Indian journal of veterinary science and animal husbandry - Volumes 24-25, 1954-1955
Year: 1954
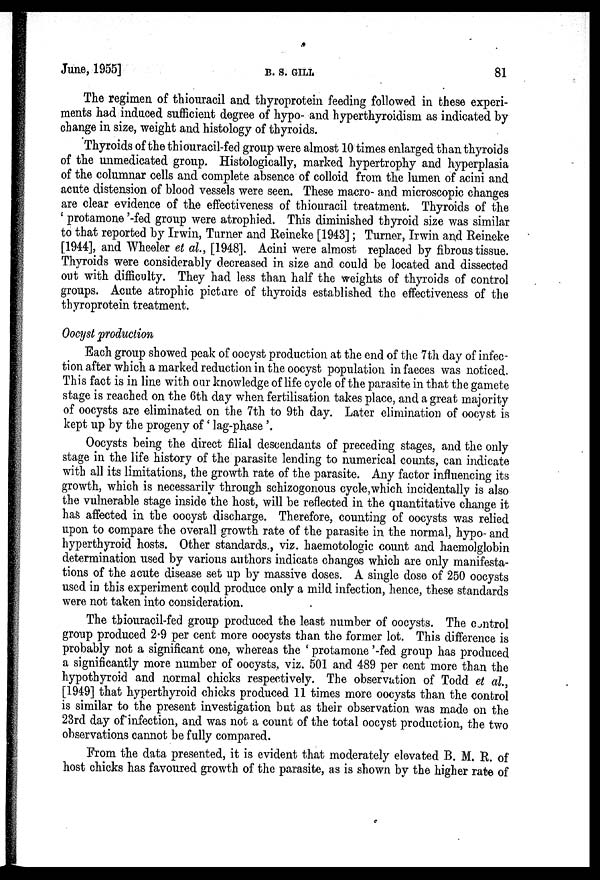
June, 1955]
B.
S.
GILL
81
The regimen of thiouracil and thyroprotein feeding followed in these experi-
ments had induced sufficient degree of hypo- and hyperthyroidism as indicated by
change in size, weight and histology of thyroids.
Thyroids of the thiouracil-fed group were almost 10 times enlarged than thyroids
of the unmedicated group. Histologically, marked hypertrophy and hyperplasia
of the columnar cells and complete absence of colloid from the lumen of acini and
acute distension of blood vessels were seen. These macro- and microscopic changes
are clear evidence of the effectiveness of thiouracil treatment. Thyroids of the
' protamone '-fed group were atrophied. This diminished thyroid size was similar
to that reported by Irwin, Turner and Reineke [1943]; Turner, Irwin and Reineke
[1944], and Wheeler et al., [1948]. Acini were almost replaced by fibrous tissue.
Thyroids were considerably decreased in size and could be located and dissected
out with difficulty. They had less than half the weights of thyroids of control
groups. Acute atrophic picture of thyroids established the effectiveness of the
thyroprotein treatment.
Oocyst production
Each group showed peak of oocyst production at the end of the 7th day of infec-
tion after which a marked reduction in the oocyst population in faeces was noticed.
This fact is in line with our knowledge of life cycle of the parasite in that the gamete
stage is reached on the 6th day when fertilisation takes place, and a great majority
of oocysts are eliminated on the 7th to 9th day. Later elimination of oocyst is
kept up by the progeny of ' lag-phase '.
Oocysts being the direct filial descendants of preceding stages, and the only
stage in the life history of the parasite lending to numerical counts, can indicate
with all its limitations, the growth rate of the parasite. Any factor influencing its
growth, which is necessarily through schizogonous cycle, which incidentally is also
the vulnerable stage inside the host, will be reflected in the quantitative change it
has affected in the oocyst discharge. Therefore, counting of oocysts was relied
upon to compare the overall growth rate of the parasite in the normal, hypo- and
hyperthyroid hosts. Other standards., viz. haemotologic count and haemolglobin
determination used by various authors indicate changes which are only manifesta-
tions of the acute disease set up by massive doses. A single dose of 250 oocysts
used in this experiment could produce only a mild infection, hence, these standards
were not taken into consideration.
The thiouracil-fed group produced the least number of oocysts. The control
group produced 2.9 per cent more oocysts than the former lot. This difference is
probably not a significant one, whereas the ' protamone '-fed group has produced
a significantly more number of oocysts, viz. 501 and 489 per cent more than the
hypothyroid and normal chicks respectively. The observation of Todd et al.,
[1949] that hyperthyroid chicks produced 11 times more oocysts than the control
is similar to the present investigation but as their observation was made on the
23rd day of infection, and was not a count of the total oocyst production, the two
observations cannot be fully compared.
From the data presented, it is evident that moderately elevated B. M. R. of
host chicks has favoured growth of the parasite, as is shown by the higher rate of